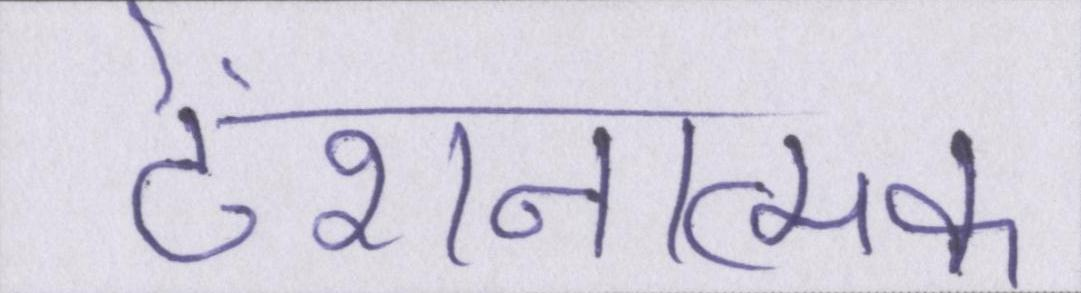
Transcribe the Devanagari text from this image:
टेंशनात्मक